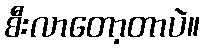
စီးလာတော့တာပဲ။